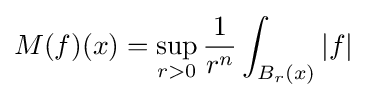
M(f)(x)=\sup _{r>0}{\frac {1}{r^{n}}}\int _{B_{r}(x)}|f|